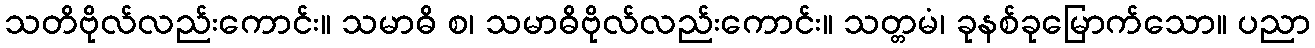
သတိဗိုလ်လည်းကောင်း။ သမာဓိ စ၊ သမာဓိဗိုလ်လည်းကောင်း။ သတ္တမံ၊ ခုနစ်ခုမြောက်သော။ ပညာ